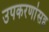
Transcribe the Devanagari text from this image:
उपकरणांसह